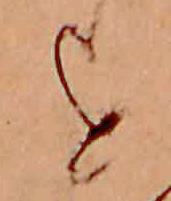
を